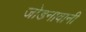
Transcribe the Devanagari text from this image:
जोडनावानी